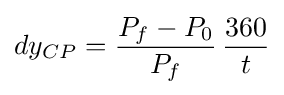
dy_{CP}={\frac {P_{f}-P_{0}}{P_{f}}}\,{\frac {360}{t}}